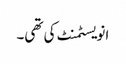
انویسٹمنٹ کی تھی۔